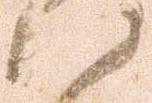
ハ